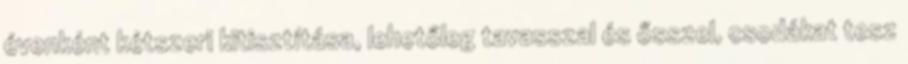
évenként kétszeri kitisztítása, lehetőleg tavasszal és ősszel, csodákat tesz